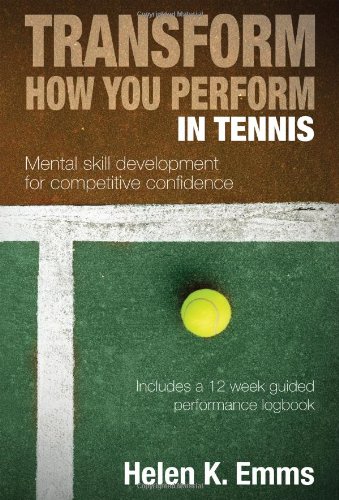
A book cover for Transform How You Perform in Tennis: Mental Skill Development for Competitive Confidence; Helen K. Emms; Sports & Outdoors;